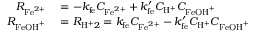
\begin{array} { r l } { R _ { \mathrm { F e } ^ { 2 + } } } & { { } = - k _ { \mathrm { f e } } C _ { \mathrm { F e } ^ { 2 + } } + k _ { \mathrm { f e } } ^ { \prime } C _ { \mathrm { H } ^ { + } } C _ { \mathrm { F e O H } ^ { + } } } \\ { R _ { \mathrm { F e O H } ^ { + } } } & { { } = R _ { \mathrm { H } ^ { + } 2 } = k _ { \mathrm { f e } } C _ { \mathrm { F e } ^ { 2 + } } - k _ { \mathrm { f e } } ^ { \prime } C _ { \mathrm { H } ^ { + } } C _ { \mathrm { F e O H } ^ { + } } } \end{array}